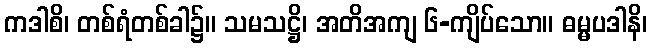
ကဒါစိ၊ တစ်ရံတစ်ခါ၌။ သမသဋ္ဌိ၊ အတိအကျ ၆-ကျိပ်သော။ ဓမ္မပဒါနိ၊